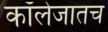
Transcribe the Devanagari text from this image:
कॉलेजातच